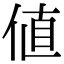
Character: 值